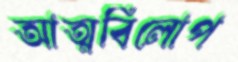
আত্মবিলোপ